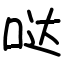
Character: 哒